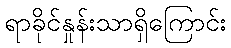
ရာခိုင်နှုန်းသာရှိကြောင်း